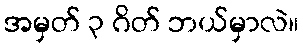
အမှတ် ၃ ဂိတ် ဘယ်မှာလဲ။